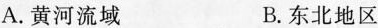
A.黄河流域 B.东北地区